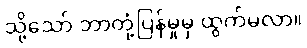
သို့သော် ဘာတုံ့ပြန်မှုမှ ထွက်မလာ။